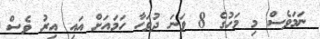
ނަމަވެސް މި މަހުގެ 8 ވަނަ ދުވަހާ ހަމައަށް އައި އިރު ވެސް